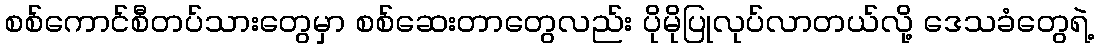
စစ်ကောင်စီတပ်သားတွေမှာ စစ်ဆေးတာတွေလည်း ပိုမိုပြုလုပ်လာတယ်လို့ ဒေသခံတွေရဲ့